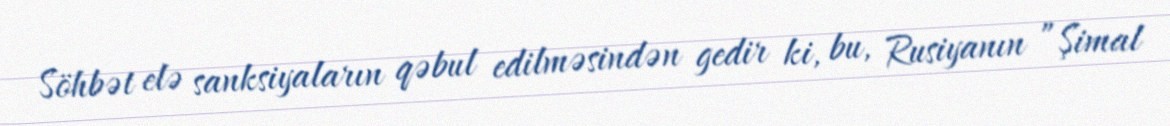
Söhbət elə sanksiyaların qəbul edilməsindən gedir ki, bu, Rusiyanın ”Şimal